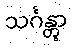
သင်္ဂန္တွာ